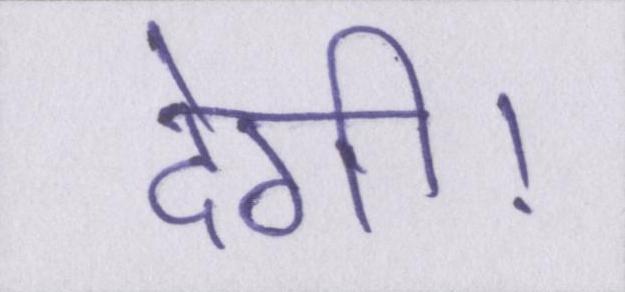
देगी।